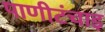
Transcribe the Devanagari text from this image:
पाणीटंचाइ